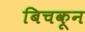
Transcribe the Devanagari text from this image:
बिचकून